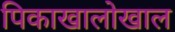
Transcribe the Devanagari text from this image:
पिकाखालोखाल